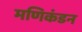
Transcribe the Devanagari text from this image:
मणिकंडन